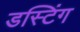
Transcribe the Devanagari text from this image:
डस्टिंग